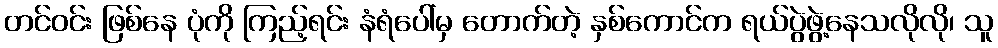
တင်ဝင်း ဖြစ်နေ ပုံကို ကြည့်ရင်း နံရံပေါ်မှ တောက်တဲ့ နှစ်ကောင်က ရယ်ပွဲဖွဲ့နေသလိုလို၊ သူ